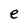
Character: e